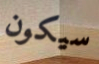
سيكون